Preparation of a safe and efficient antirabic vaccine - Number 44
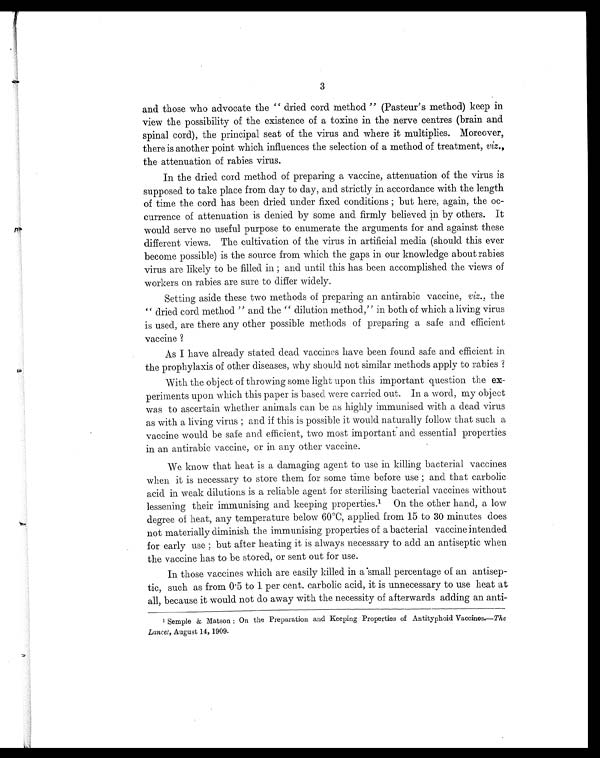
3
and those who advocate the " dried cord method " (Pasteur's method) keep in
view the possibility of the existence of a toxine in the nerve centres (brain and
spinal cord), the principal seat of the virus and where it multiplies. Moreover,
there is another point which influences the selection of a method of treatment, viz.,
the attenuation of rabies virus.
In the dried cord method of preparing a vaccine, attenuation of the virus is
supposed to take place from day to day, and strictly in accordance with the length
of time the cord has been dried under fixed conditions ; but here, again, the oc-
currence of attenuation is denied by some and firmly believed in by others. It
would serve no useful purpose to enumerate the arguments for and against these
different views. The cultivation of the virus in artificial media (should this ever
become possible) is the source from which the gaps in our knowledge about rabies
virus are likely to be filled in and until this has been accomplished the views of
workers on rabies are sure to differ widely.
Setting aside these two methods of preparing an antirabic vaccine, viz., the
" dried cord method " and the " dilution method," in both of which a living virus
is used, are there any other possible methods of preparing a safe and efficient
vaccine ?
As I have already stated dead vaccines have been found safe and efficient in.
the prophylaxis of other diseases, why should not similar methods apply to rabies ?
With the object of throwing some light upon this important question the ex-
periments upon which this paper is based were carried out. In a word, my object
was to ascertain whether animals can be as highly immunised with a dead virus
as with a living virus and if this is possible it would naturally follow that such a
vaccine would be safe and efficient, two most important and essential properties
in an antirabic vaccine, or in any other vaccine.
We know that heat is a damaging agent to use in killing bacterial vaccines
when it is necessary to store them for some time before use ; and that carbolic
acid in weak dilutions is a reliable agent for sterilising bacterial vaccines without
lessening their immunising and keeping properties. 1 On the other hand, a low
degree of heat, any temperature below 60°C, applied from 15 to 30 minutes does
not materially diminish the immunising properties of a bacterial vaccine intended
f o r e a r l y u s e ; b u t a f t e r h e a t i n g i t i s a l wa y s n e c e s s a r y t o a d d a n a n t i s e p t i c wh e n
the vaccine has to be stored, or sent out for use.
In those vaccines which are easily killed in a small percentage of an antisep-
tic, such as from 0.5 to 1 per cent. carbolic acid, it is unnecessary to use heat at
all, because it would not do away with the necessity of afterwards adding an anti-
Semple & Matson : On the Preparation and Keeping Properties of Antityphoid Vaccines.— The
Lancet, August 14, 1909.